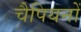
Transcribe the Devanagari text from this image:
चैपियनों